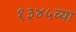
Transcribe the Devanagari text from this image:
१३४५च्या